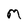
Character: m